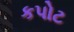
કપોટ